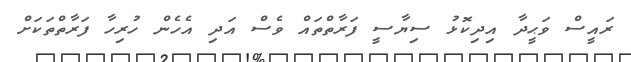
ރައީސް ވަޙީދާ އިދިކޮޅު ސިޔާސީ ފަރާތްތައް ވެސް އަދި އެހެން ހުރިހާ ފަރާތްތަކަށް